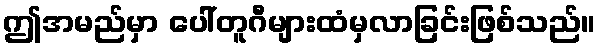
ဤအမည်မှာ ပေါ်တူဂီများထံမှလာခြင်းဖြစ်သည်။